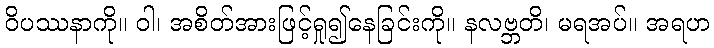
ဝိပဿနာကို။ ဝါ၊ အစိတ်အားဖြင့်ရှု၍နေခြင်းကို။ နလဗ္ဘတိ၊ မရအပ်။ အရဟ